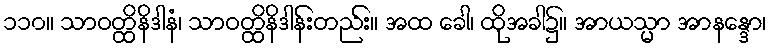
၁၁၀။ သာဝတ္ထိနိဒါနံ၊ သာဝတ္ထိနိဒါန်းတည်း။ အထ ခေါ၊ ထိုအခါ၌။ အာယသ္မာ အာနန္ဒော၊